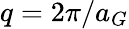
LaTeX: q=2\pi/a_{G}